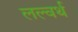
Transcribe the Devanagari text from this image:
लल्वर्थ